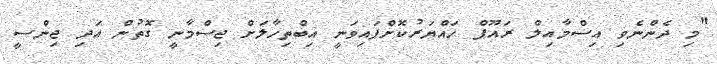
"މި ދެންނެވި އިސްމާއިލް ރައޫފް ހައްޔަރުކޮށްފައިވަނީ އިބްތިހާލަށް ޖިސްމާނީ ގޮތުން އަދި ޖިންސީ